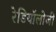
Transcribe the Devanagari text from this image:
रेडियॉलोजी